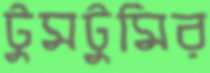
টুমটুমির